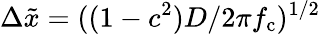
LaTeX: \Delta\tilde{x}=((1-c^{2})D/2\pi f_{\mathrm{c}})^{1/2}